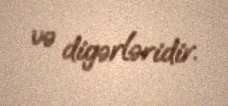
və digərləridir.